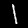
Digit: 1